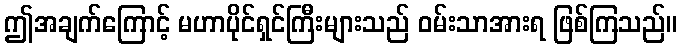
ဤအချက်ကြောင့် မဟာပိုင်ရှင်ကြီးများသည် ဝမ်းသာအားရ ဖြစ်ကြသည်။